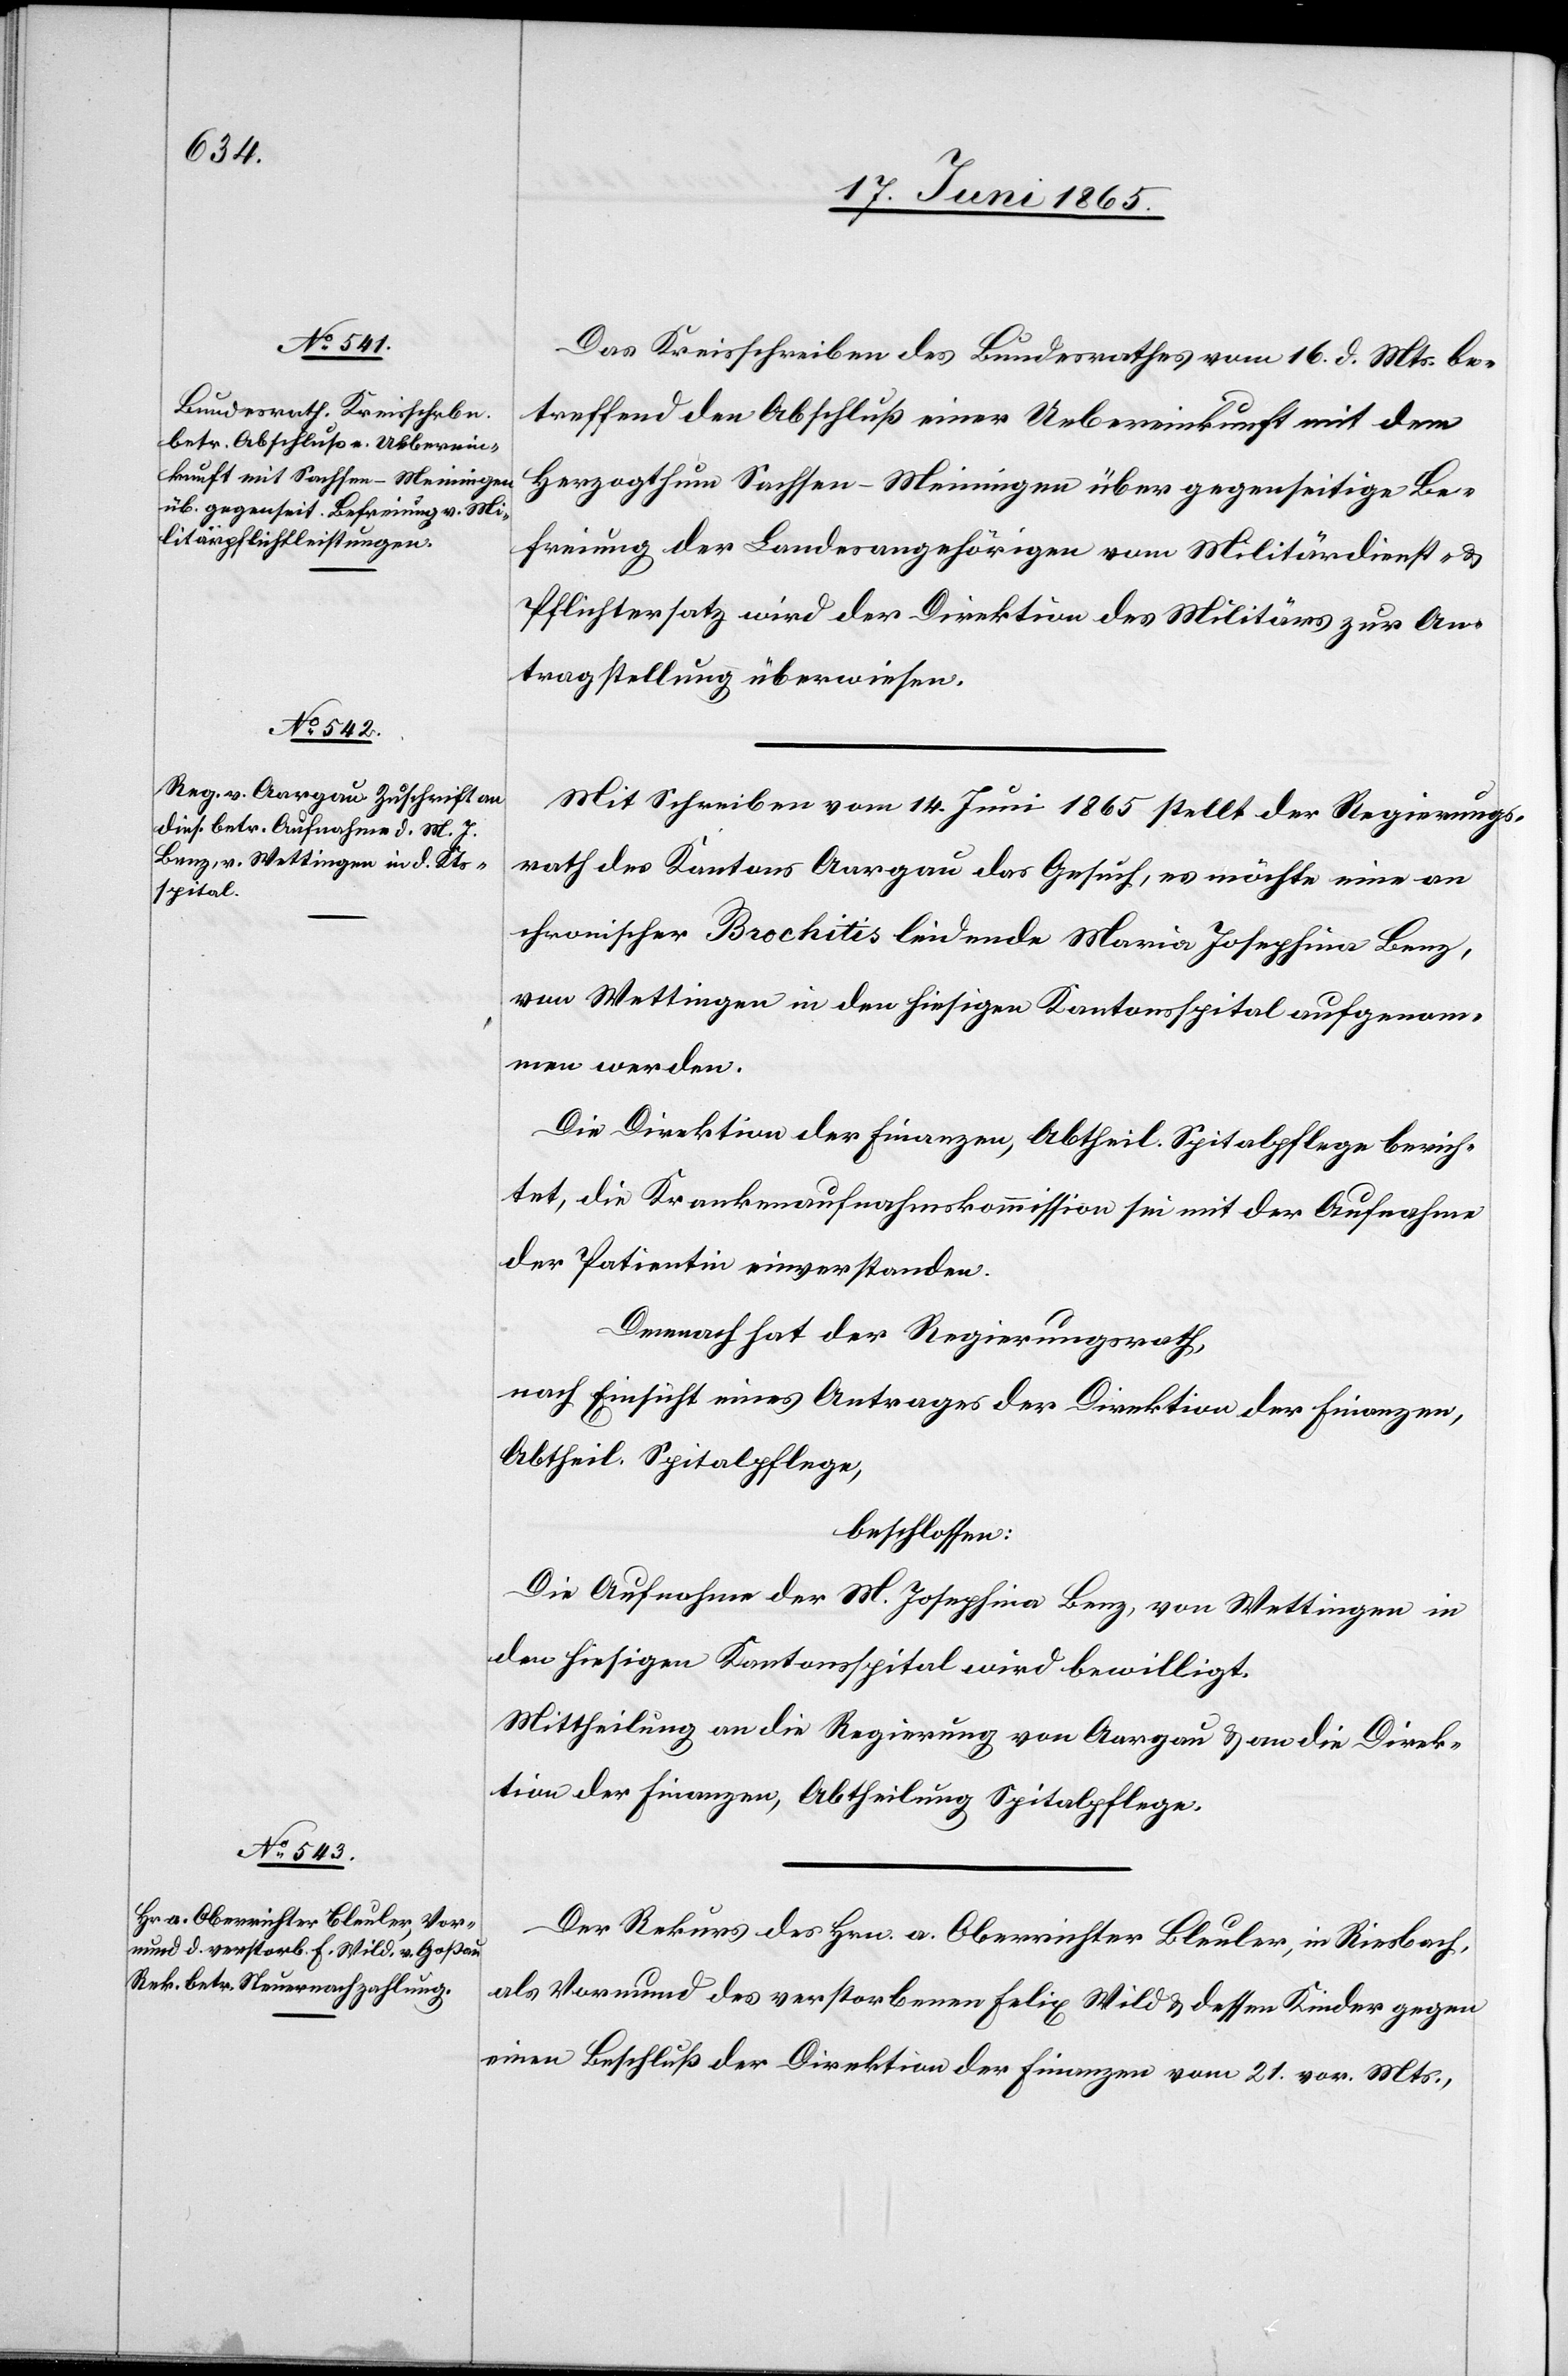
20. Juni 1865.]
Das Kreisschreiben des Bundesrathes vom 16. d. Mts. be¬
treffend den Abschluß einer Uebereinkunft mit dem
Herzogthum Sachsen-Meiningen über gegenseitige Be¬
freiung der Landesangehörigen vom Militärdienst- &
Pflichtersatz wird er Direktion des Militärs zur An¬
tragstellung überwiesen.
Mit Schreiben vom 14. Juni 1865 stellt der Regierungs¬
rath des Kantons Aargau das Gesuch, es möchte eine an
chronischer Bro[n]chitis leidende Maria Josephina Benz,
von Wettingen in den hiesigen Kantonsspital aufgenom¬
men werden.
Die Direktion der Finanzen, Abtheil. Spitalpflege berich¬
tet, die Krankenaufnahmskommission sei mit der Aufnahme
der Patientin einverstanden.
Demnach hat der Regierungsrath,
nach Einsicht eines Antrages der Direktion der Finanzen,
Abtheil. Spitalpflege,
beschlossen:
Die Aufnahme der M. Josephina Benz, von Wettingen in
den hiesigen Kantonsspital wird bewilligt.
Mittheilung an die Regierung von Aargau & an die Direk¬
tion der Finanzen, Abtheilung Spitalpflege.
Der Rekurs des Hrn. a. Oberrichter Bleuler, in Riesbach,
als Vormund des verstorbenen Felix Wild & dessen Kinder gegen
einen Beschluß der Direktion der Finanzen vom 21. vor. Mts.,